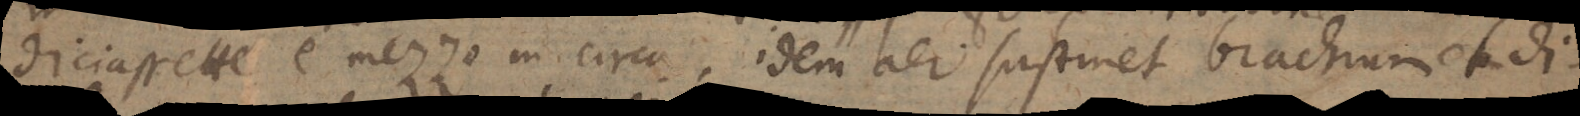
diciassette e mezzo in circa, idem aer sustinet brachium et di-